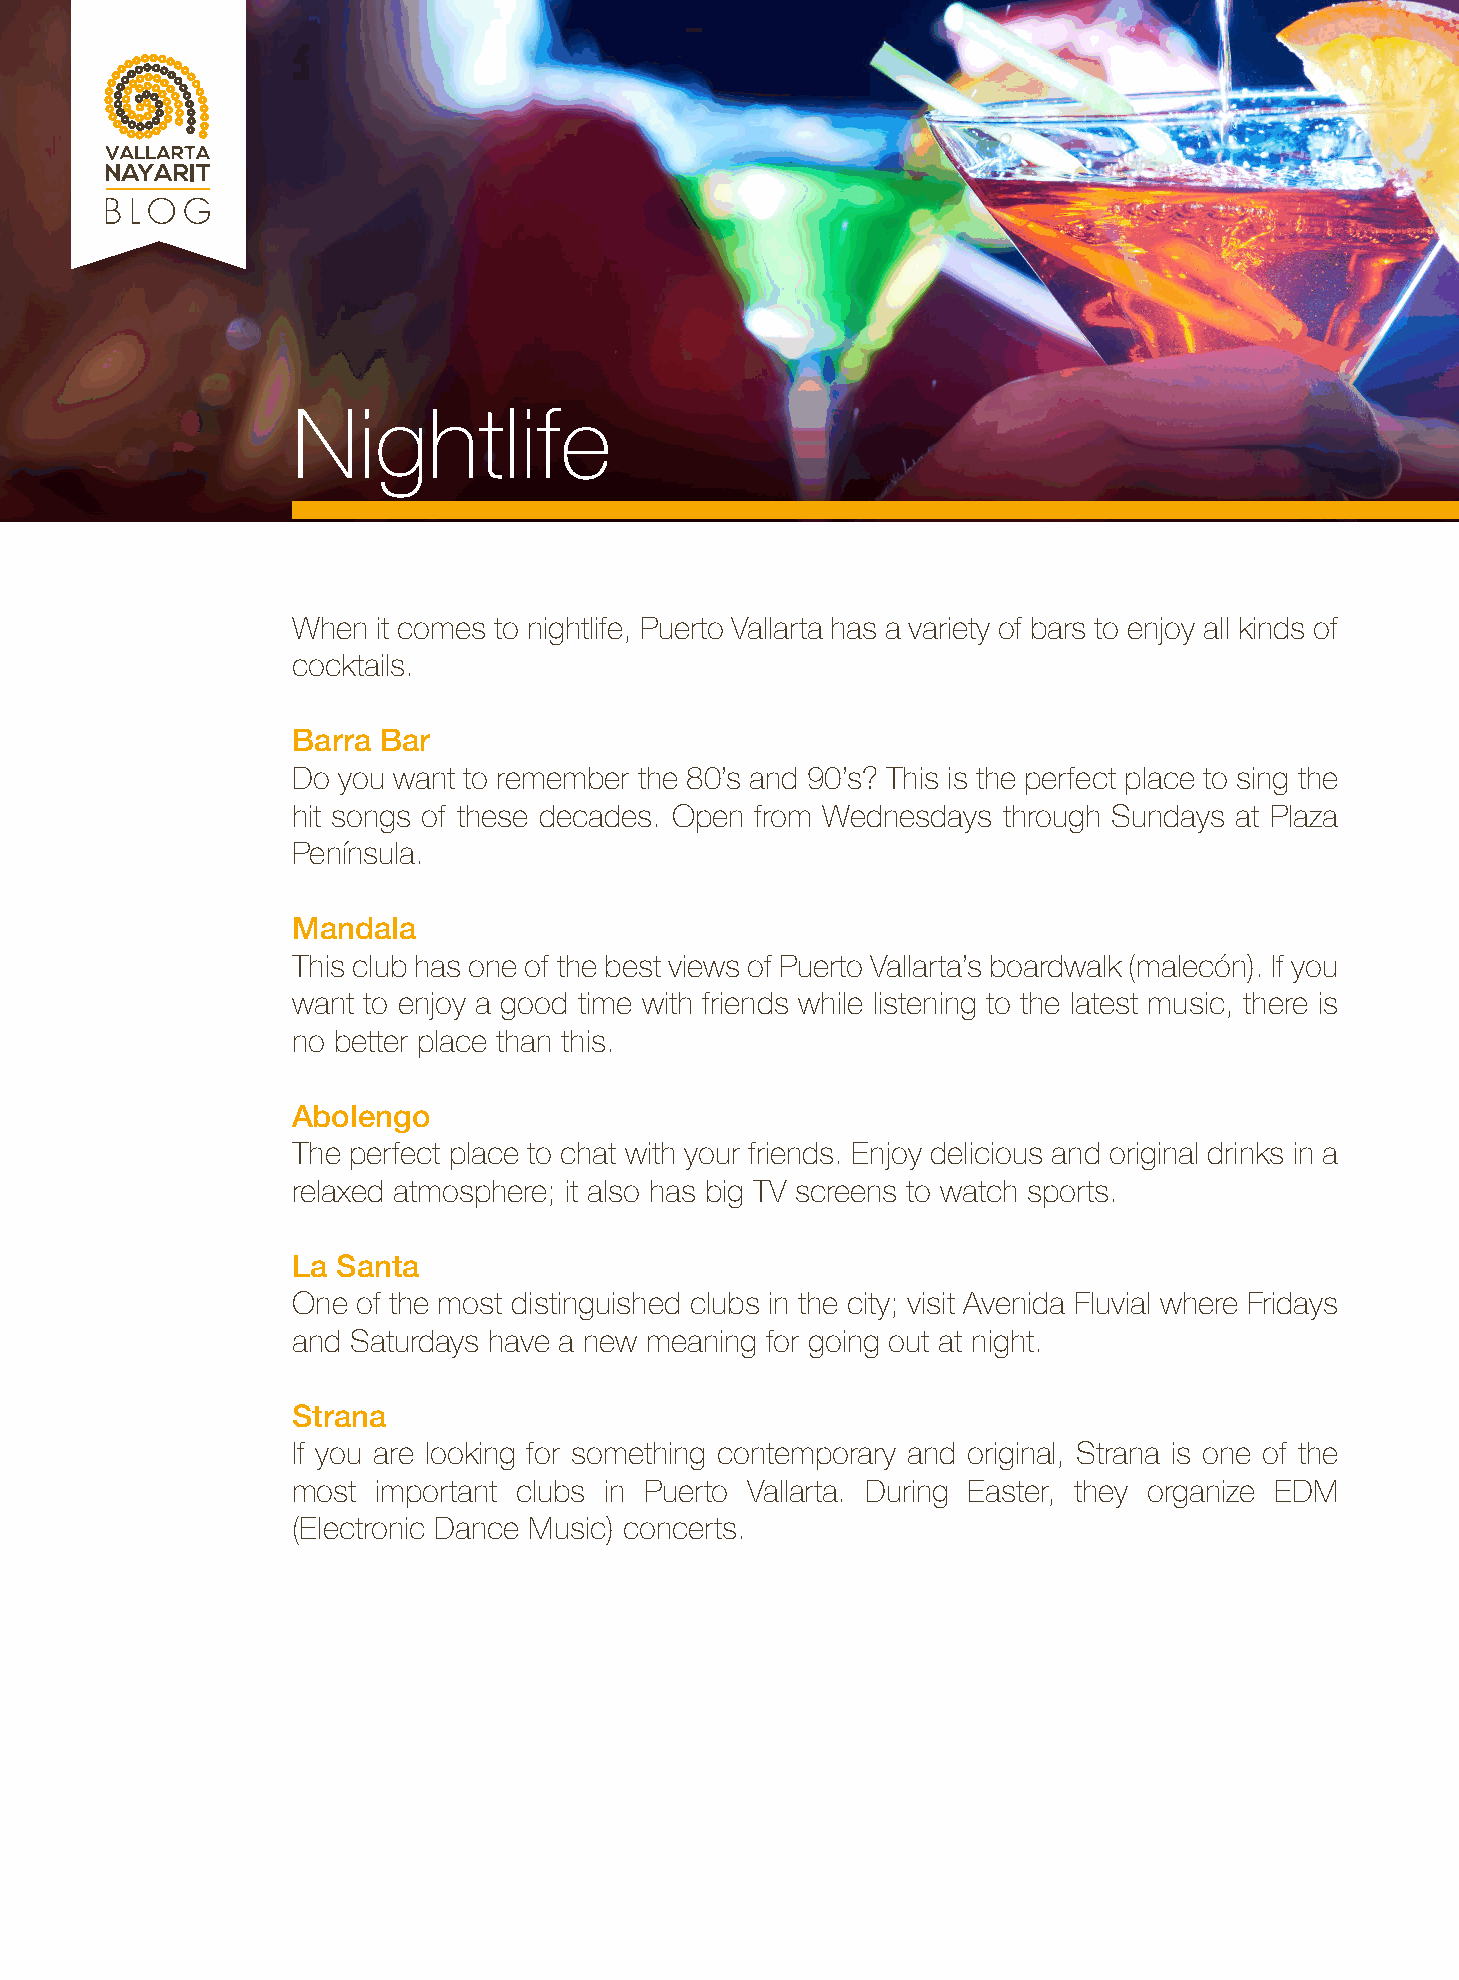
Nightlife
 When  it comes to nightlife, Puerto Vallarta has a variety of bars to enjoy all kinds of
 cocktails.
 Barra Bar
 Do you want to remember the 80’s and 90’s? This is the perfect place to sing the
 hit songs of these decades. Open from Wednesdays through Sundays at Plaza
 Península.
 Mandala
 This club has one of the best views of Puerto Vallarta’s boardwalk (malecón). If you
 want to enjoy a good time with friends while listening to the latest music, there is
 no better place than this.
 Abolengo
 The perfect place to chat with your friends. Enjoy delicious and original drinks in a
 relaxed atmosphere; it also has big TV screens to watch sports.
 La Santa
 One  of the most distinguished clubs in the city; visit Avenida Fluvial where Fridays
 and Saturdays have a new meaning for going out at night.
 Strana
 If you are looking for something contemporary and original, Strana is one of the
 most  important clubs in Puerto Vallarta. During Easter, they organize EDM
 (Electronic Dance Music) concerts.